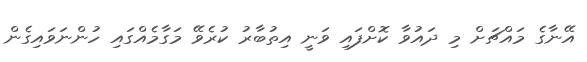
އޭނާގެ މައްޗަށް މި ދައުވާ ކޮށްފައި ވަނީ އިތުބާރު ކުރެވޭ މަގާމެއްގައި ހުންނަވައިގެން